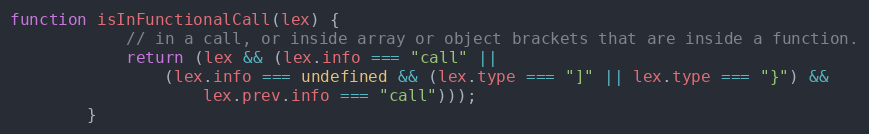
Language: JavaScript
function isInFunctionalCall(lex) {
            // in a call, or inside array or object brackets that are inside a function.
            return (lex && (lex.info === "call" ||
                (lex.info === undefined && (lex.type === "]" || lex.type === "}") &&
                    lex.prev.info === "call")));
        }